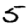
Digit: 5